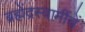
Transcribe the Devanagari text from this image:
ब्रह्मेंद्रस्वामींचें